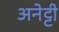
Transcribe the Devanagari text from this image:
अनेट्टी